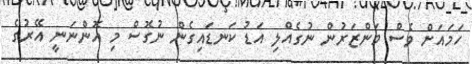
ހަމައަށް ވެސް މަންޒަރުން ނުގެއްލި އަޑު ކަނޑައިގެން ނުގޮސް މި އޮންނަނީ އޭރުގެ